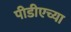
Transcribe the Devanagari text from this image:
पीडीएच्या